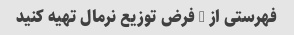
فهرستی از 5 فرض توزیع نرمال تهیه کنید